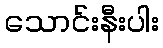
သောင်းနီးပါး